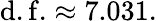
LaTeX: {\mathrm{d.f.}}\approx 7.031.